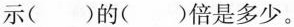
示()的()倍是多少。